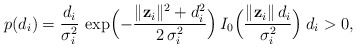
\begin{align*}p(d_{i})=\frac{d_{i}}{\sigma_{i}^{2}}\,\exp\Bigl(-\frac{\Vert\mathbf{z}_{i}\Vert{}^{2}+d_{i}^{2}}{2\,\sigma_{i}^{2}}\Bigr)\, I_{0}\Bigl(\frac{\Vert\mathbf{z}_{i}\Vert\, d_{i}}{\sigma_{i}^{2}}\Bigr)\: d_{i}>0,\end{align*}